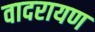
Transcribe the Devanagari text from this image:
वादरायण